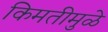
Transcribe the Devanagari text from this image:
किमतीमुळे